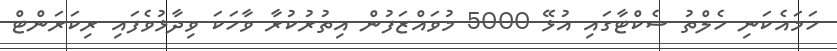
ހަމައެކަނި ހެލްތު ސެކްޓާގައި އުޅޭ 5000 މުވައްޒަފުން އިތުރުކުރާ ވާހަކަ ވިދާޅުވެފައި ރިކަރަންޓް